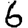
Digit: 6